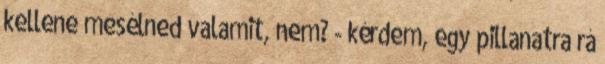
kellene mesélned valamit, nem? - kérdem, egy pillanatra rá